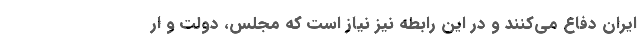
ایران دفاع می‌کنند و در این رابطه نیز نیاز است که مجلس، دولت و ار